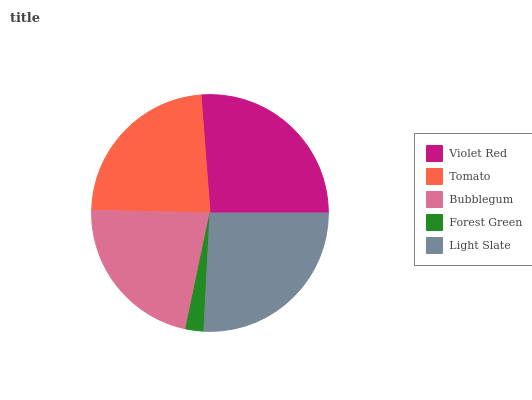
| Violet Red | Tomato | Bubblegum | Forest Green | Light Slate |
 | --- | --- | --- | --- | --- |
 | 26.3% | 23.4% | 22.1% | 2.47% | 25.8% |